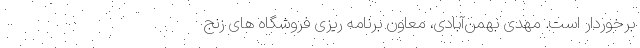
برخوردار است. مهدی بهمن‌آبادی، معاون برنامه ­ریزی فروشگاه های زنج